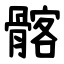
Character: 髂